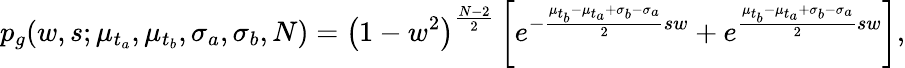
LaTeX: p_{g}(w,s;\mu_{t_{a}},\mu_{t_{b}},\sigma_{a},\sigma_{b},N)=\left(1-w^{2}\right)^{\frac{N-2}{2}}\left[e^{-\frac{\mu_{t_{b}}-\mu_{t_{a}}+\sigma_{b}-\sigma_{a}}{2}sw}+e^{\frac{\mu_{t_{b}}-\mu_{t_{a}}+\sigma_{b}-\sigma_{a}}{2}sw}\right],